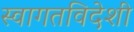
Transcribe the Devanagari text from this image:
स्वागतविदेशी